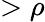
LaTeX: >\rho